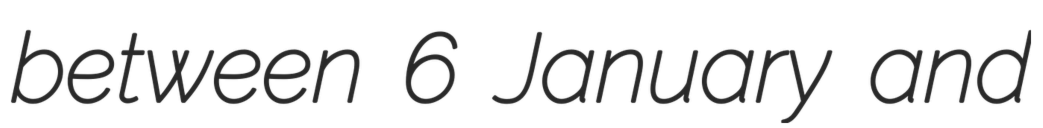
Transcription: between 6 January and